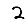
Digit: 2